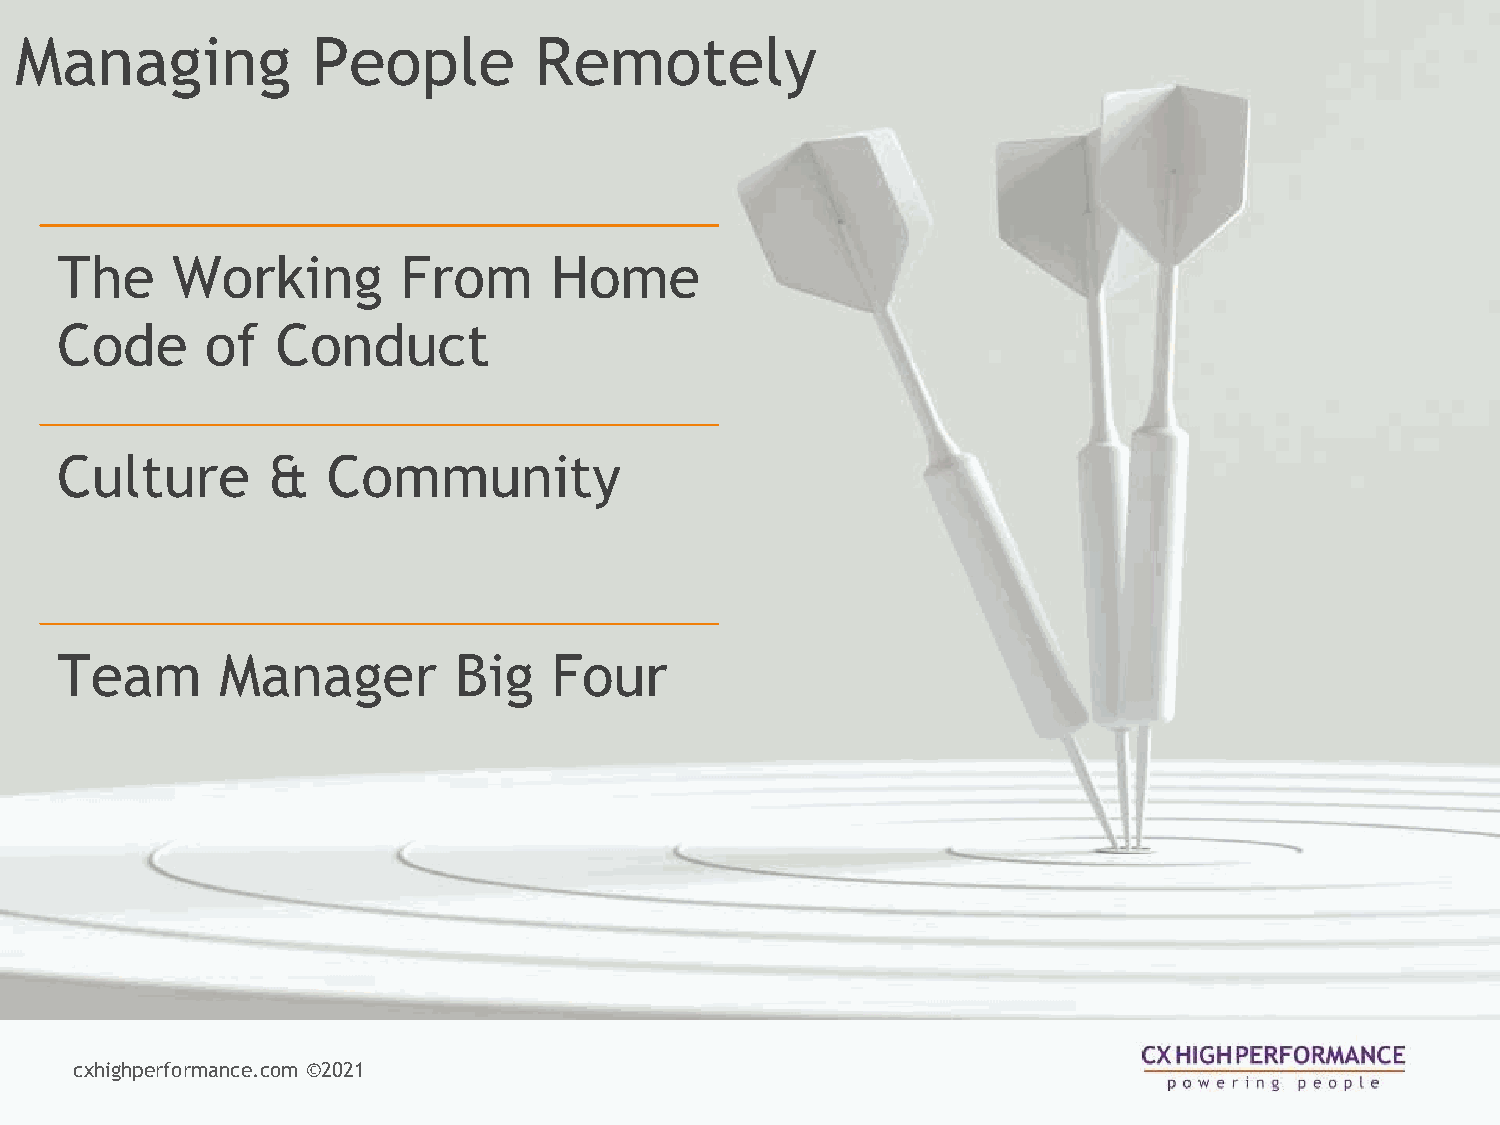
Managing            People        Remotely
 The    Working         From     Home
 Code      of  Conduct
 Culture       &   Community
 Team       Manager        Big    Four
 cxhighperformance.com ©️2021